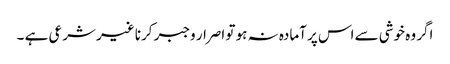
اگر وہ خوشی سے اس پر آمادہ نہ ہو تو اصرار وجبر کرنا غیر شرعی ہے ۔